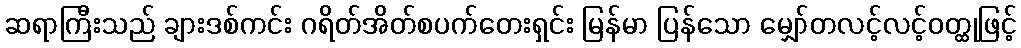
ဆရာကြီးသည် ချားဒစ်ကင်း ဂရိတ်အိတ်စပက်တေးရှင်း မြန်မာ ပြန်သော မျှော်တလင့်လင့်ဝတ္ထုဖြင့်